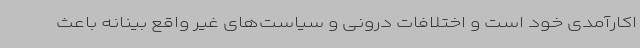
اکارآمدی خود است و اختلافات درونی و سیاست‌های غیر واقع بینانه باعث